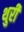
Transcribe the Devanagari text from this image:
थुरी